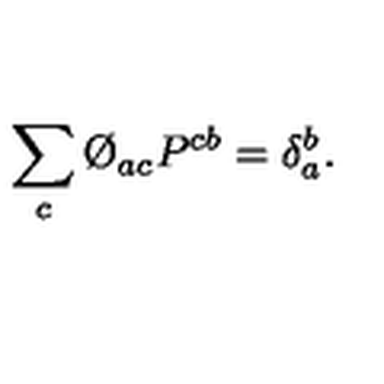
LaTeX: \sum _ { c } \O _ { a c } P ^ { c b } = \delta _ { a } ^ { b } .